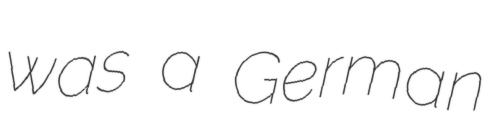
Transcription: was a German